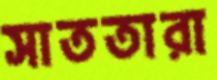
সাততারা